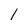
Character: l